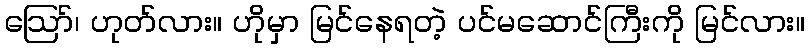
ဪ၊ ဟုတ်လား။ ဟိုမှာ မြင်နေရတဲ့ ပင်မဆောင်ကြီးကို မြင်လား။